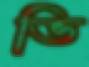
ভি